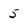
Character: 5